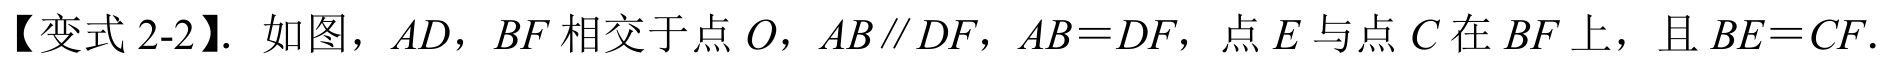
【变式2-2】. 如图，\(AD\)，\(BF\)相交于点\(O\)，\(AB\parallel DF\)，\(AB = DF\)，点\(E\)与点\(C\)在\(BF\)上，且\(BE = CF\).